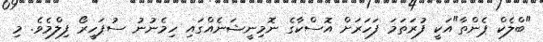
"ބްލެކް ޕެންތާ"އަކީ ފުރަތަމަ ފަހަރަށް އޮސްކާގެ ނޮމިނީޝަނެއްގައި ހިމެނުނު ސުޕަހީރޯ ފިލްމެވެ. މި